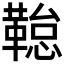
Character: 𮧢